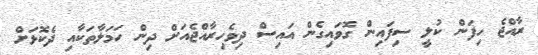
ރާއްޖެ ހިފަން ކުލީ ސިފައިން ގޮވައިގެން އައިސް ދިވެހިރާއްޖެއަށް ދިން ހަމަލާތަކާއި ދެކޮޅަށް